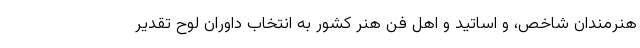
هنرمندان شاخص، و اساتید و اهل فن هنر کشور به انتخاب داوران لوح تقدیر